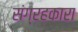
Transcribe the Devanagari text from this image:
संग्रहकारा